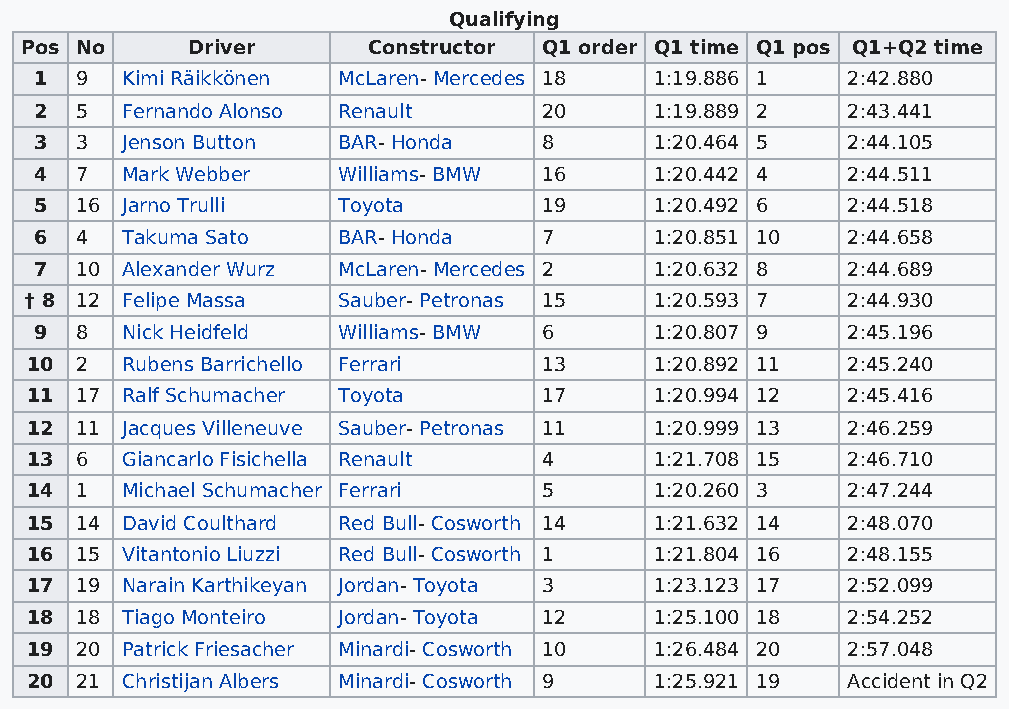
Qualifying
 Pos No     Driver      Constructor Q1 order Q1 time Q1 pos Q1+Q2 time
 1  9  Kimi Räikkönen McLaren- Mercedes 18 1:19.886 1  2:42.880
 2  5  Fernando Alonso Renault     20     1:19.889 2   2:43.441
 3  3  Jenson Button BAR- Honda    8      1:20.464 5   2:44.105
 4  7  Mark Webber   Williams- BMW 16     1:20.442 4   2:44.511
 5  16 Jarno Trulli  Toyota        19     1:20.492 6   2:44.518
 6  4  Takuma Sato   BAR- Honda    7      1:20.851 10  2:44.658
 7  10 Alexander Wurz McLaren- Mercedes 2 1:20.632 8   2:44.689
 † 8 12 Felipe Massa Sauber- Petronas 15  1:20.593 7   2:44.930
 9  8  Nick Heidfeld Williams- BMW 6      1:20.807 9   2:45.196
 10 2  Rubens Barrichello Ferrari  13     1:20.892 11  2:45.240
 11 17 Ralf Schumacher Toyota      17     1:20.994 12  2:45.416
 12 11 Jacques Villeneuve Sauber- Petronas 11 1:20.999 13 2:46.259
 13 6  Giancarlo Fisichella Renault 4     1:21.708 15  2:46.710
 14 1  Michael Schumacher Ferrari  5      1:20.260 3   2:47.244
 15 14 David Coulthard Red Bull- Cosworth 14 1:21.632 14 2:48.070
 16 15 Vitantonio Liuzzi Red Bull- Cosworth 1 1:21.804 16 2:48.155
 17 19 Narain Karthikeyan Jordan- Toyota 3 1:23.123 17 2:52.099
 18 18 Tiago Monteiro Jordan- Toyota 12   1:25.100 18  2:54.252
 19 20 Patrick Friesacher Minardi- Cosworth 10 1:26.484 20 2:57.048
 20 21 Christijan Albers Minardi- Cosworth 9 1:25.921 19 Accident in Q2